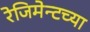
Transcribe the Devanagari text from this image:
रेजिमेन्टच्या